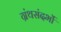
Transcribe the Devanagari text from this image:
ग्रंथसंदर्भों